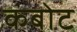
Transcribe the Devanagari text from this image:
कबोट